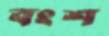
বংশ